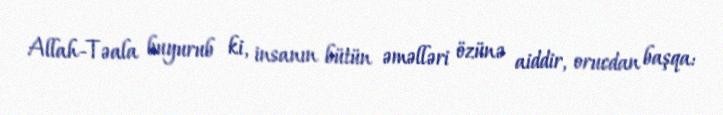
Allah-Təala buyurub ki, insanın bütün əməlləri özünə aiddir, orucdan başqa: